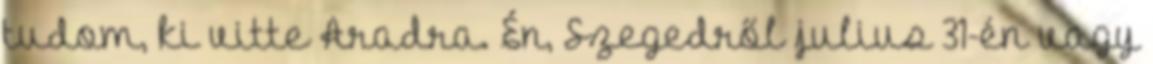
tudom, ki vitte Aradra. Én, Szegedről julius 31-én vagy